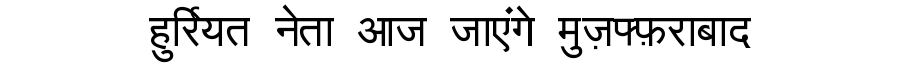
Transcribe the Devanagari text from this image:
हुर्रियत नेता आज जाएंगे मुज़फ्फ़राबाद